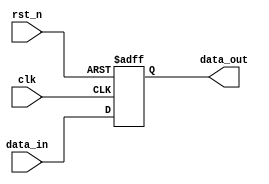
module async_reset_example (
    input wire clk,          // Clock signal
    input wire rst_n,       // Asynchronous reset (active low)
    input wire [7:0] data_in, // Example input data
    output reg [7:0] data_out // Example output data
);

// Asynchronous reset and clock behavior
always @(posedge clk or negedge rst_n) begin
    if (!rst_n) begin
        // Asynchronous reset condition
        data_out <= 8'b0; // Reset output to zero
    end else begin
        // Sequential logic on clock edge when reset is not active
        data_out <= data_in; // Example behavior: output follows input
    end
end

endmodule